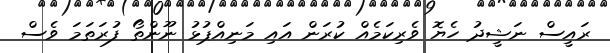
ރައީސް ނަޝީދު ހެޔޮ ވެރިކަމެއް ކުރަން އައި މަނިއްޕުޅު ނޫންތޯ ފުރަތަމަ ވެސް